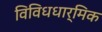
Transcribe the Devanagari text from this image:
विविधधार्मिक